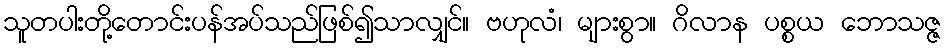
သူတပါးတို့တောင်းပန်အပ်သည်ဖြစ်၍သာလျှင်။ ဗဟုလံ၊ များစွာ။ ဂိလာန ပစ္စယ ဘောသဇ္ဇ